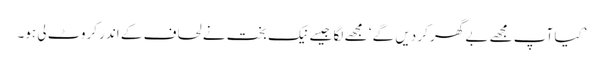
’کیا آپ مجھے بے گھر کر دیں گے ‘ مجھے لگا جیسے نیک بخت نے لحاف کے اندر کروٹ لی ہو۔